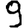
Digit: 9